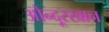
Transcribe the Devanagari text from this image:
ओन्दूरखान